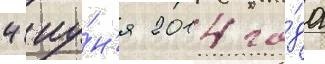
4 иу́н'я 2014 го́да